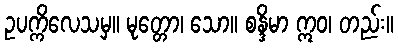
ဥပက္ကိလေသမှ။ မုတ္တော၊ သော။ စန္ဒိမာ ဣဝ၊ တည်း။